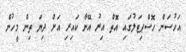
އަހުސަން ހޮސްޕިޓަލުގައި އޮތް އިރު އޭނާ ކައިރި އަށް ދިޔަ ތިން މީހުން